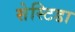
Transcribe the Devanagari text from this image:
सेस्टिडा